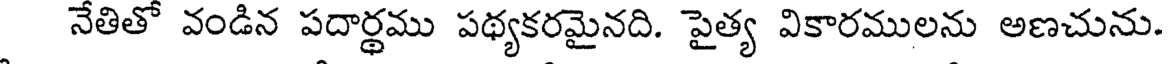
నేతితో వండిన పదార్థము పథ్యకరమైనది. పైత్య వికారములను అణచును.